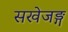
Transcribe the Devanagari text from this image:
सखेजङ्ग